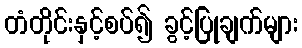
တံတိုင်းနှင့်စပ်၍ ခွင့်ပြုချက်များ